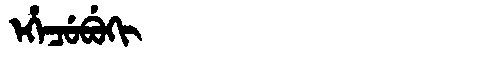
Manchu: ᡝᡥᡝᠴᡠᠪᡠᡴᡳ
Romanization: EHECUBUKI